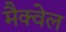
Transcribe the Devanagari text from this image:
मैक्वेल